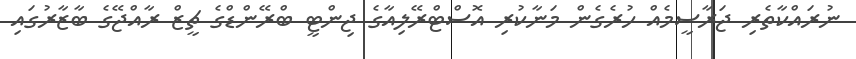
ނުރައްކާތެރި ޖަރާސީމެއް ހުރެގެން މަނާކުރި އޮސްޓްރޭލިއާގެ ޖިންޓީ ބްރޭންޑްގެ ޗީޒް ރާއްޖޭގެ ބާޒާރުގައި